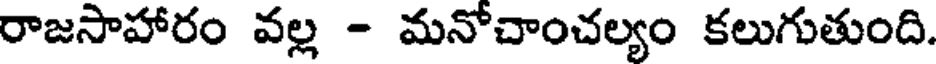
రాజసాహారం వల్ల - మనోచాంచల్యం కలుగుతుంది.